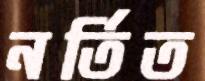
নর্তিত